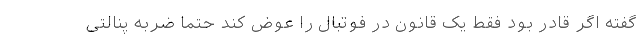
گفته اگر قادر بود فقط یک قانون در فوتبال را عوض کند حتماً ضربه پنالتی